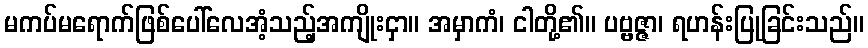
မကပ်မရောက်ဖြစ်ပေါ်လေအံ့သည့်အကျိုးငှာ။ အမှာကံ၊ ငါတို့၏။ ပဗ္ဗဇ္ဇာ၊ ရဟန်းပြုခြင်းသည်။